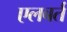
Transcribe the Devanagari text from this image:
एलबर्त